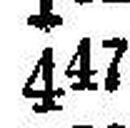
447